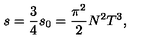
s = \frac 3 4 s _ { 0 } = \frac { \pi ^ { 2 } } 2 N ^ { 2 } T ^ { 3 } ,